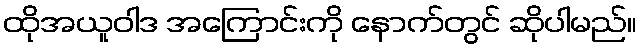
ထိုအယူဝါဒ အကြောင်းကို နောက်တွင် ဆိုပါမည်။